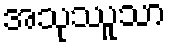
အသုဿူသာ